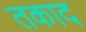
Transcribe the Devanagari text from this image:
तकाद